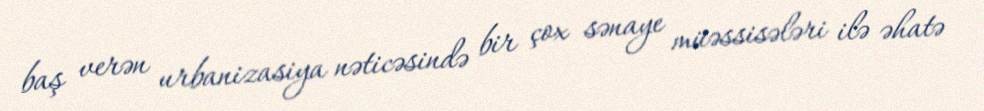
baş verən urbanizasiya nəticəsində bir çox sənaye müəssisələri ilə əhatə